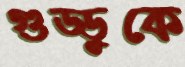
গুড্ডুকে